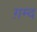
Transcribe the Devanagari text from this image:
ग़म्द